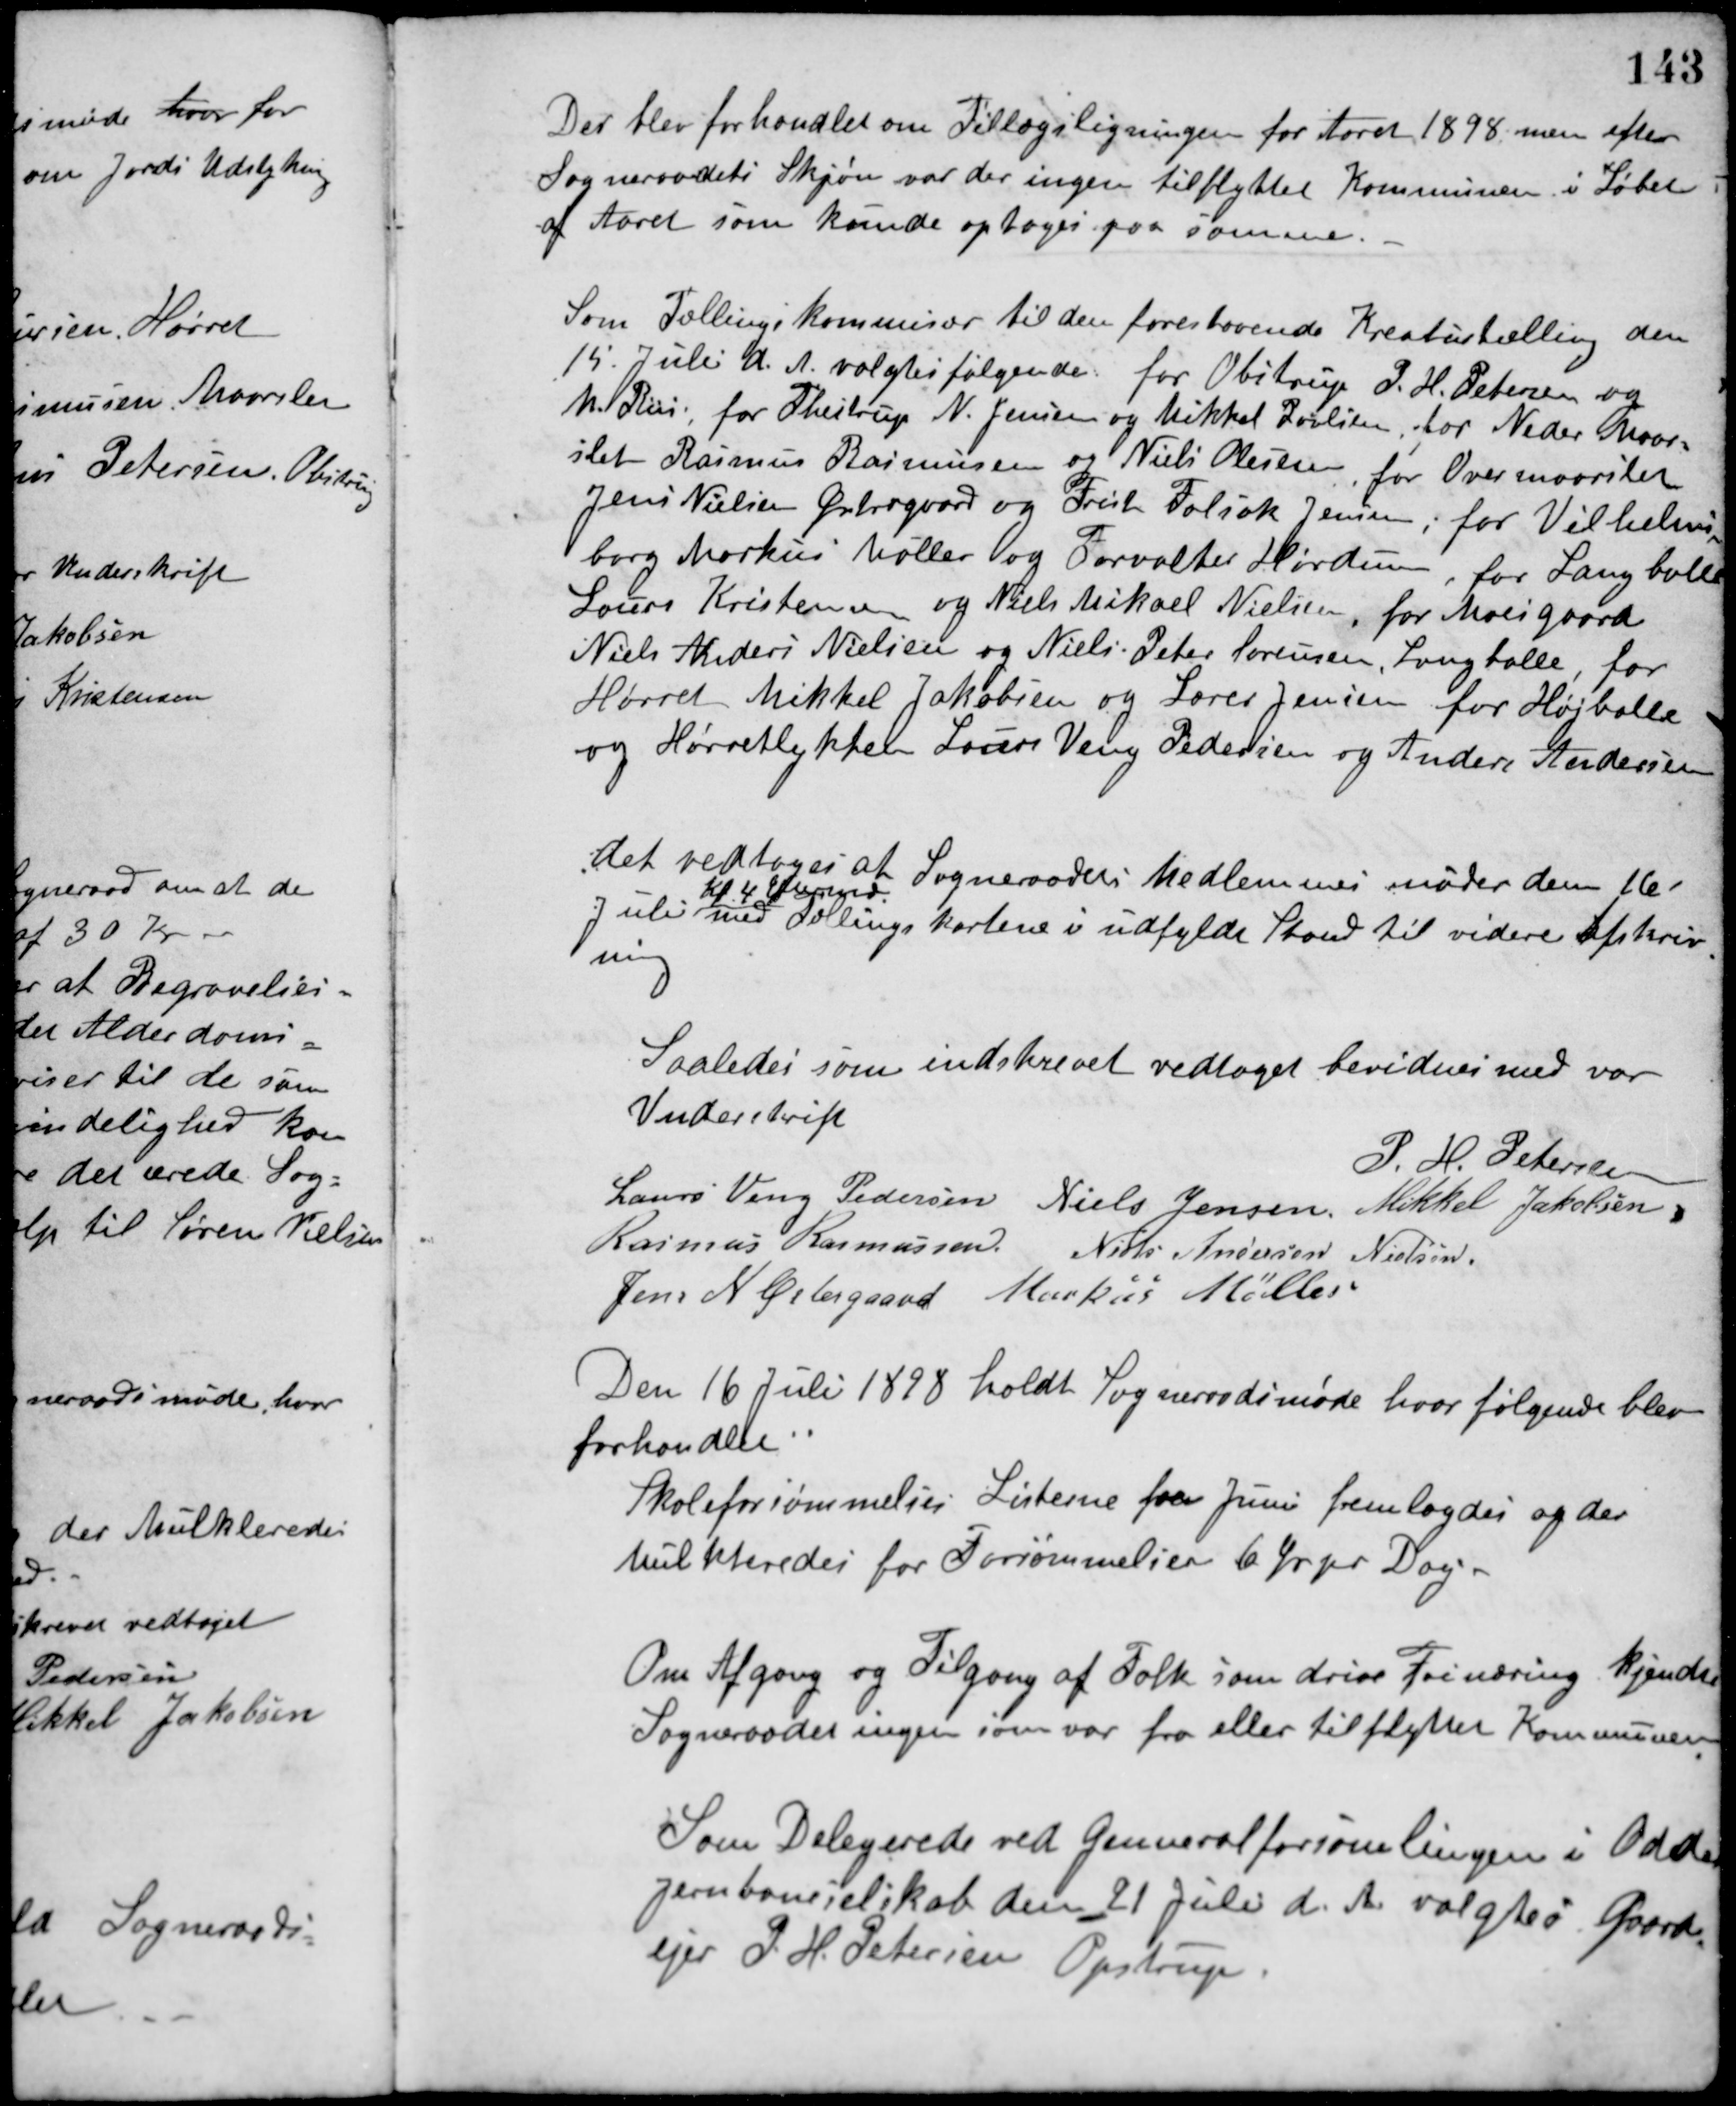
Transskription:
Der blev forhandlet om Tillægsligningen for Aaret 1898, men efter
Sogneraadets Skjøn var der ingen tilflyttet Kommunen i Løbet
af Aaret som kunde optages paa samme.
Som Tællingskommisær til den forestaaende Kreaturtælling den
15. Juli d. A. valgtes følgende for Obstrup P. H. Petersen og
M. Riis, for Thestrup N. Jensen og Mikkel Povlsen, for Neder Maar-
slet Rasmus Rasmussen og Niels Olesen, for Overmaarslet
Jens Nielsen Østergaard og Frits Folsak Jensen, for Vilhelms-
borg Markus Møller og Forvalter Hørdum, for Langballe
Laurs Kristensen og Niels Mikael Nielsen, for Moesgaard
Niels Anders Nielsen og Niels Peter Sørensen, Langballe, for
Hørret Mikkel Jakobsen og Lærer Jensen for Højballe
og Hørretlykken Laurs Veng Pedersen og Anders Andersen.
Det vedtoges at Sogneraadets Medlemmer møder den 16
Juli
Kl. 4 Eftermd.
med Tællingskortene i udfyldt Stand til videre afskriv-
ning
Saaledes som indskrevet vedtaget bevidnes med vor
Underskrift
P. H. Petersen
Laurs Veng Pedersen Niels Jensen Mikkel Jakobsen
Rasmus Rasmussen Niels Andersen Nielsen
Jens N. Østergaard Markus Møller
Den 16 Juli 1898 holdt Sogneraadsmøde hvor følgende blev
forhandlet:
Skoleforsømmelses Listerne fra Juni fremlagdes og der
Mulkteredes for Forsømmelser 6 Øre pr Dag.
Om Afgang og Tilgang af Folk som drive Frinæring kjender
Sogneraadet ingen som var fra eller tilflyttet Kommunen.
Som Delegerede ved Generalforsamlingen i Odder
Jernbaneselskab den 21 Juli d. A. valgtes Gaard-
ejer P. H. Petersen Opstrup.